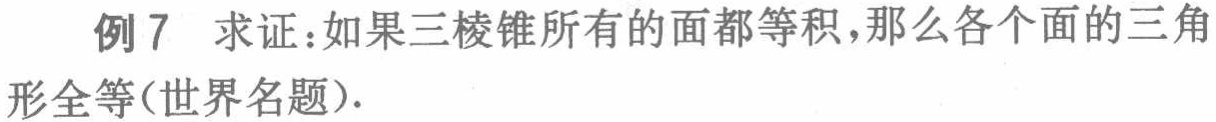
例7 求证：如果三棱锥所有的面都等积，那么各个面的三角形全等(世界名题).